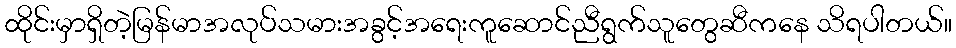
ထိုင်းမှာရှိတဲ့မြန်မာအလုပ်သမားအခွင့်အရေးကူဆောင်ညီရွက်သူတွေဆီကနေ သိရပါတယ်။